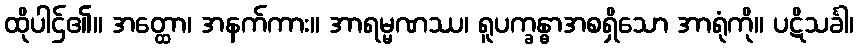
ထိုပါဌ်၏။ အတ္ထော၊ အနက်ကား။ အာရမ္မဏဿ၊ ရူပက္ခန္ဓာအစရှိသော အာရုံကို။ ပဋိသင်္ခါ၊